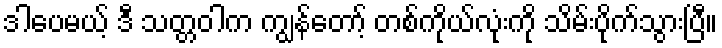
ဒါပေမယ့် ဒီ သတ္တဝါက ကျွန်တော့် တစ်ကိုယ်လုံးကို သိမ်းပိုက်သွားပြီ။